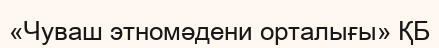
«Чуваш этномәдени орталығы» ҚБ